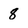
Character: 8